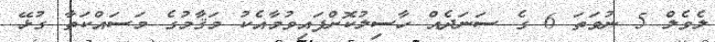
ލެވެލް 5 ނުވަތަ 6 ގެ ސަނަދެއް ހާސިލުކޮށްފައިވުމާއެކު މަޤާމުގެ މަސައްކަތާ ގުޅޭ